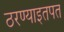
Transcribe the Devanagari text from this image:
ठरण्याइतपत